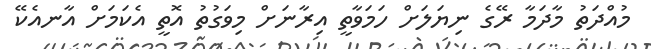
މުއްދަތު މާދަމާ ރޭގެ ނިޔަލަށް ހަމަވާތީ އިރާނަށް މިވަގުތު އޮތީ އެކަމަށް އާނއެކޭ